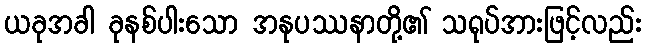
ယခုအခါ ခုနစ်ပါးသော အနုပဿနာတို့၏ သရုပ်အားဖြင့်လည်း